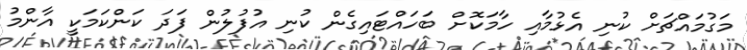
މަގުމައްޗަށް ކުނި އެޅުމާއި ހާމަކޮށް ބަހައްޓައިގެން ކުނި އުފުލުން ފަދަ ކަންކަމަކީ އާންމު